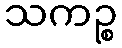
သကဉ္စ